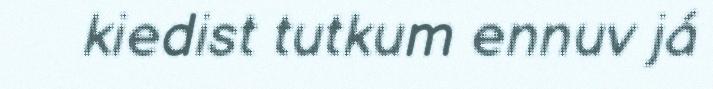
kiedist tutkum ennuv já